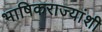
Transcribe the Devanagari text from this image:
भाषिकराज्यांशी